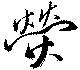
熒